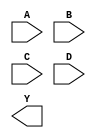
module sky130_fd_sc_hdll__nand4 (
    //# {{data|Data Signals}}
    input  A,
    input  B,
    input  C,
    input  D,
    output Y
);

    // Voltage supply signals
    supply1 VPWR;
    supply0 VGND;
    supply1 VPB ;
    supply0 VNB ;

endmodule